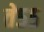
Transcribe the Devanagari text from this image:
ते५५